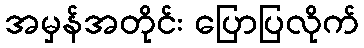
အမှန်အတိုင်း ပြောပြလိုက်